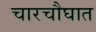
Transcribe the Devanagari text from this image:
चारचौघात